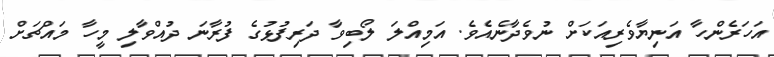
އަހަރެންހާ އަނިޔާވެރިއަކަށް ނުވެދާނެއެވެ. އަމިއްލަ ލޯބިވާ ދަރިފުޅުގެ ފުރާނަ ދުއްވާލި މީހާ މައްޗަށް